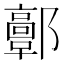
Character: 𨟍